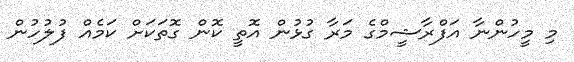
މި މީހުންނާ އަފްރާޝީމްގެ މަރާ ގުޅުން އޮތީ ކޮން ގޮތަކަށް ކަމެއް ފުލުހުން